Annual report on the Civil Veterinary Department, Burma (including the Insein Veterinary School) - 1932-1941
Year: 1932
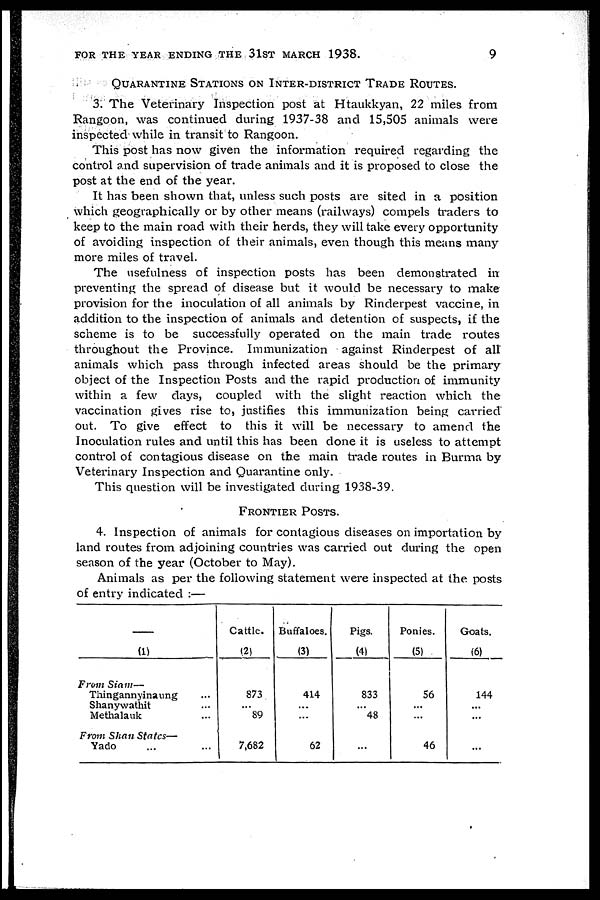
FOR THE YEAR ENDING THE 31ST MARCH 1938.
9
QUARANTINE STATIONS ON INTER-DISTRICT TRADE ROUTES.
3. The Veterinary Inspection post at Htaukkyan, 22 miles from
Rangoon, was continued during 1937-38 and 15,505 animals were
inspected while in transit to Rangoon.
This post has now given the information required regarding the
control and supervision of trade animals and it is proposed to close the
post at the end of the year.
It has been shown that, unless such posts are sited in a position
which geographically or by other means (railways) compels traders to
keep to the main road with their herds, they will take every opportunity
of avoiding inspection of their animals, even though this means many
more miles of travel.
The usefulness of inspection posts has been demonstrated in
preventing the spread of disease but it would be necessary to make
provision for the inoculation of all animals by Rinderpest vaccine, in
addition to the inspection of animals and detention of suspects, if the
scheme is to be successfully operated on the main trade routes
throughout the Province. Immunization against Rinderpest of all
animals which pass through infected areas should be the primary
object of the Inspection Posts and the rapid production of immunity
within a few days, coupled with the slight reaction which the
vaccination gives rise to, justifies this immunization being carried
out. To give effect to this it will be necessary to amend the
Inoculation rules and until this has been done it is useless to attempt
control of contagious disease on the main trade routes in Burma by
Veterinary Inspection and Quarantine only.
This question will be investigated during 1938-39.
FRONTIER POSTS.
4. Inspection of animals for contagious diseases on importation by
land routes from adjoining countries was carried out during the open
season of the year (October to May).
Animals as per the following statement were inspected at the posts
of entry indicated :—
(1)
From Siam—
Thingannyinaung ...
Shanywathit ...
Methalauk ...
From Shan States—
Yado ... ...
Cattle.
(2)
873
...
89
7,682
Buffaloes.
(3)
414
...
...
62
Pigs.
(4)
833
...
48
...
Ponies.
(5)
56
...
...
46
Goats.
(6)
144
...
...
...